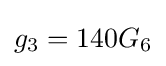
g_{3}=140G_{6}